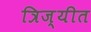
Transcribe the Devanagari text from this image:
त्रिज्यीत